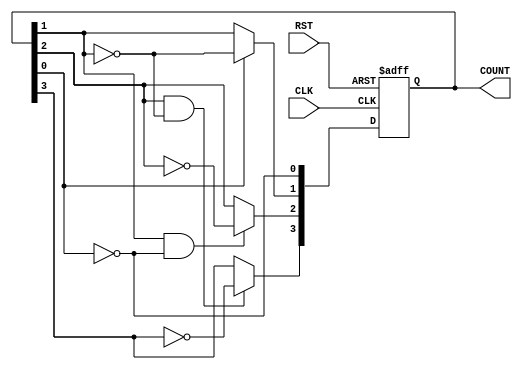
module async_ripple_counter #(
    parameter N = 4  // Number of bits in the counter
)(
    input wire CLK,   // Clock input
    input wire RST,   // Asynchronous reset input
    output reg [N-1:0] COUNT // Counter output
);

// Flip-flops for the counter
always @(posedge CLK or posedge RST) begin
    if (RST) begin
        COUNT <= 0; // Reset the counter to zero
    end else begin
        COUNT[0] <= ~COUNT[0]; // Toggle LSB
        COUNT[1] <= COUNT[0] ? ~COUNT[1] : COUNT[1]; // Toggle next bit on falling edge of COUNT[0]
        COUNT[2] <= (COUNT[1] && ~COUNT[0]) ? ~COUNT[2] : COUNT[2]; // Toggle next bit on falling edge of COUNT[1]
        COUNT[3] <= (COUNT[2] && ~COUNT[1]) ? ~COUNT[3] : COUNT[3]; // Toggle next bit on falling edge of COUNT[2]
        // Extend this pattern for more bits if N > 4
    end
end

endmodule